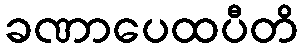
ခဏာပေထပီတိ